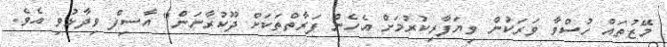
މޭޒުތައް ހުސްވާ ވަރަކުން ވިޔަފާރިކުރުމަށް އެހެން ފަރާތްތަކަށް ދޫކުރާނަން" އާސިފް ވިދާޅުވި އެވެ.